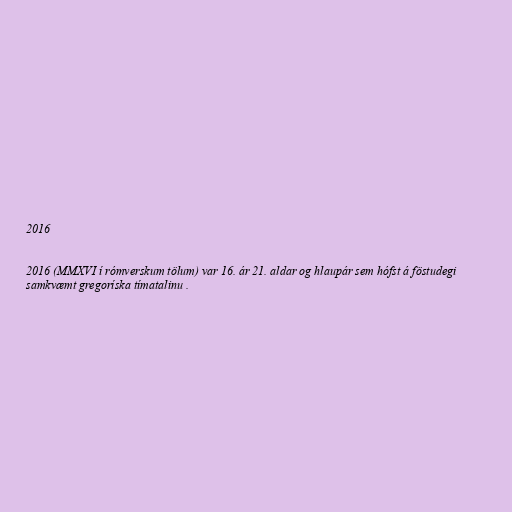
2016

2016 (MMXVI í rómverskum tölum) var 16. ár 21. aldar og hlaupár sem hófst á föstudegi
samkvæmt gregoríska tímatalinu .